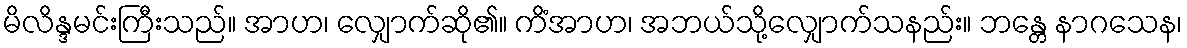
မိလိန္ဒမင်းကြီးသည်။ အာဟ၊ လျှောက်ဆို၏။ ကိံအာဟ၊ အဘယ်သို့လျှောက်သနည်း။ ဘန္တေ နာဂသေန၊